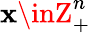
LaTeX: \mathbf{x}\inZ_{+}^{n}